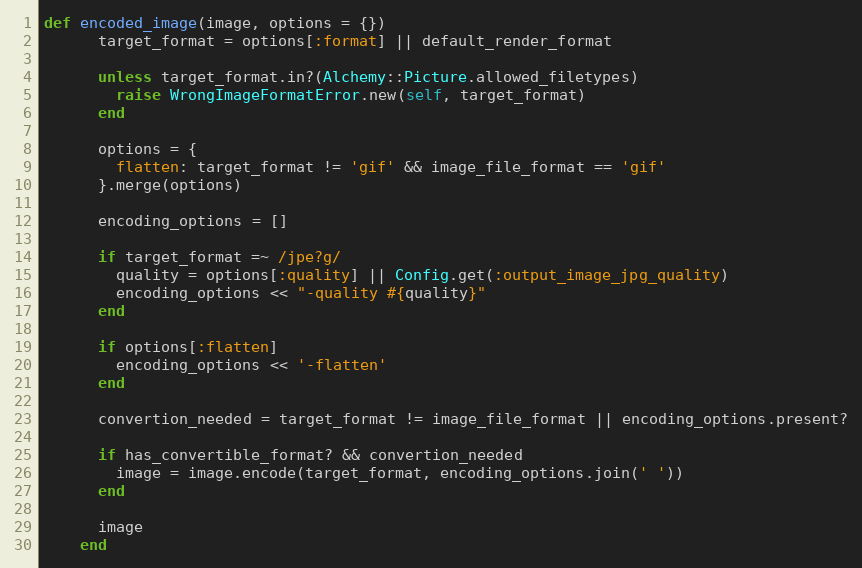
Language: Ruby
def encoded_image(image, options = {})
      target_format = options[:format] || default_render_format

      unless target_format.in?(Alchemy::Picture.allowed_filetypes)
        raise WrongImageFormatError.new(self, target_format)
      end

      options = {
        flatten: target_format != 'gif' && image_file_format == 'gif'
      }.merge(options)

      encoding_options = []

      if target_format =~ /jpe?g/
        quality = options[:quality] || Config.get(:output_image_jpg_quality)
        encoding_options << "-quality #{quality}"
      end

      if options[:flatten]
        encoding_options << '-flatten'
      end

      convertion_needed = target_format != image_file_format || encoding_options.present?

      if has_convertible_format? && convertion_needed
        image = image.encode(target_format, encoding_options.join(' '))
      end

      image
    end